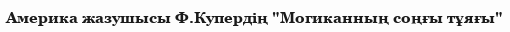
Америка жазушысы Ф.Купердің "Могиканның соңғы тұяғы"